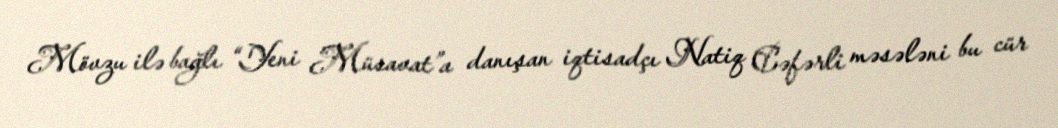
Mövzu ilə bağlı “Yeni Müsavat”a danışan iqtisadçı Natiq Cəfərli məsələni bu cür